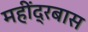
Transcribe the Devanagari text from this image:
महींद्रबास